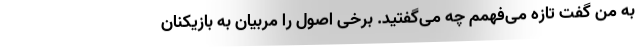
به من گفت تازه می‌فهمم چه می‌گفتید. برخی اصول را مربیان به بازیکنان